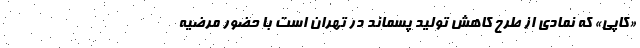
«کاپی» که نمادی از طرح کاهش تولید پسماند در تهران است با حضور مرضیه